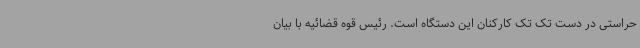
حراستی در دست تک تک کارکنان این دستگاه است. رئیس قوه قضائیه با بیان